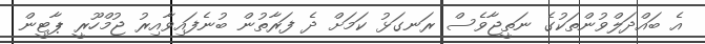
އެ ބައްދަލްވުންތަކުގެ ނަތީޖާވެސް ރަނގަޅު ކަމަށް ދެ ފަރާތުން ބުނެފައިވާއިރު ޖުމްހޫރީ ޕާޓީން